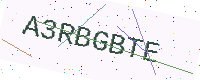
Text: A3RBGBTE